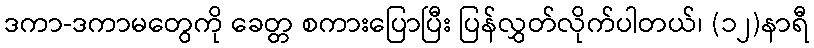
ဒကာ-ဒကာမတွေကို ခေတ္တ စကားပြောပြီး ပြန်လွှတ်လိုက်ပါတယ်၊ (၁၂)နာရီ